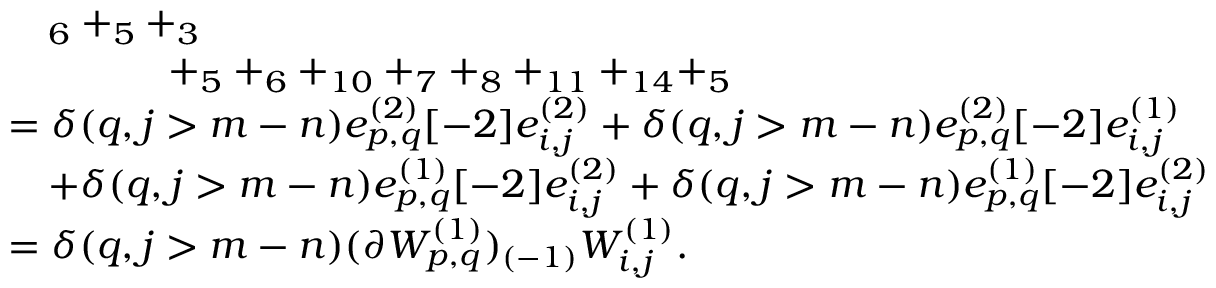
\begin{array} { r l } & { \quad _ { 6 } + _ { 5 } + _ { 3 } } \\ & { \qquad \qquad + _ { 5 } + _ { 6 } + _ { 1 0 } + _ { 7 } + _ { 8 } + _ { 1 1 } + _ { 1 4 } + _ { 5 } } \\ & { = \delta ( q , j > m - n ) e _ { p , q } ^ { ( 2 ) } [ - 2 ] e _ { i , j } ^ { ( 2 ) } + \delta ( q , j > m - n ) e _ { p , q } ^ { ( 2 ) } [ - 2 ] e _ { i , j } ^ { ( 1 ) } } \\ & { \quad + \delta ( q , j > m - n ) e _ { p , q } ^ { ( 1 ) } [ - 2 ] e _ { i , j } ^ { ( 2 ) } + \delta ( q , j > m - n ) e _ { p , q } ^ { ( 1 ) } [ - 2 ] e _ { i , j } ^ { ( 2 ) } } \\ & { = \delta ( q , j > m - n ) ( \partial W _ { p , q } ^ { ( 1 ) } ) _ { ( - 1 ) } W _ { i , j } ^ { ( 1 ) } . } \end{array}